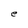
Character: e